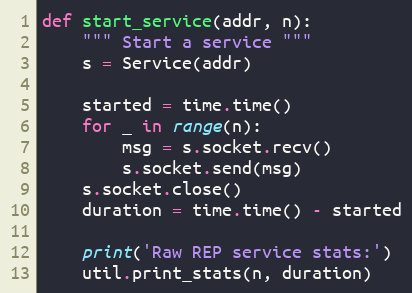
Language: Python
def start_service(addr, n):
    """ Start a service """
    s = Service(addr)

    started = time.time()
    for _ in range(n):
        msg = s.socket.recv()
        s.socket.send(msg)
    s.socket.close()
    duration = time.time() - started

    print('Raw REP service stats:')
    util.print_stats(n, duration)